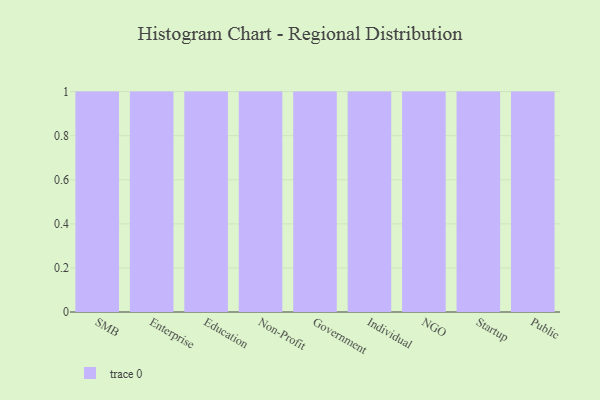
{"axis": {"x": "Segment", "y": "Headcount"}, "legend": [""], "data": [{"x": "SMB", "y": 5, "type": ""}, {"x": "Enterprise", "y": 7, "type": ""}, {"x": "Education", "y": 90, "type": ""}, {"x": "Non-Profit", "y": 14, "type": ""}, {"x": "Government", "y": 8, "type": ""}, {"x": "Individual", "y": 8, "type": ""}, {"x": "NGO", "y": 47, "type": ""}, {"x": "Startup", "y": 10, "type": ""}, {"x": "Public", "y": 1, "type": ""}]}